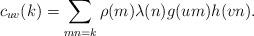
LaTeX: \begin{align*} c_{uv}(k)=\sum_{mn=k}\rho(m)\lambda(n)g(um)h(vn).\end{align*}